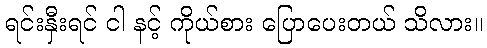
ရင်းနှီးရင် ငါ နင့် ကိုယ်စား ပြောပေးတယ် သိလား။